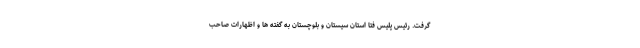
گرفت. رئیس پلیس فتا استان سیستان و بلوچستان به گفته ها و اظهارات صاحب